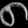
Digit: ၈